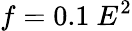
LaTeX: f=0.1~E^{2}